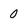
Character: 0